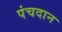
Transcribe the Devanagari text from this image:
पंचदान